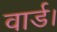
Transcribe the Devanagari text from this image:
वार्ड।